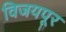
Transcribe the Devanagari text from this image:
विजयपूर